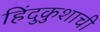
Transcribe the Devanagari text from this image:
हिंदुकुशाची